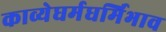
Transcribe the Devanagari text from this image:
काव्येधर्मधर्मिभाव